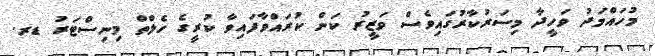
މުހައްމަދު ވަހީދާ މިސަރުކާރުގައިވެސް ވަޒީރު ކަން ކުރައްވާފައިވާ ކުރީގެ ހެލްތް މިނިސްޓަރު ޑރ.